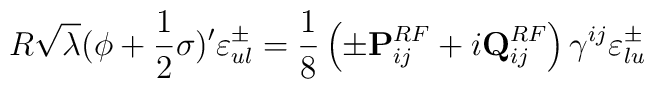
R \sqrt{\lambda} ( \phi + {1 \over 2} \sigma )' \varepsilon^{\pm}_{ul} ={1 \over 8} \left( \pm {\bf{P}}^{RF}_{ij} + i {\bf{Q}}_{ij}^{RF} \right) \gamma^{ij} \varepsilon^{\pm}_{lu}